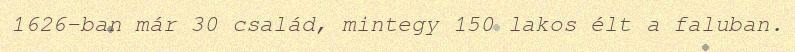
1626-ban már 30 család, mintegy 150 lakos élt a faluban.